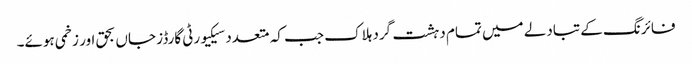
فائرنگ کے تبادلے میں تمام دہشت گرد ہلاک جب کہ متعدد سیکیورٹی گارڈز جاں بحق اور زخمی ہوئے۔